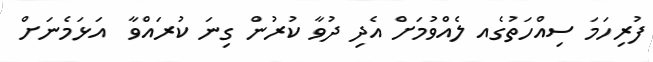
ފުރިހަމަ ސިއްހަތުގެއ ލެއްވުމަށް އެދި ދުވާ ކުރުން ގިނަ ކުރައްވާ  އަޅަމެނަށް